Report on vaccination in the Province of Bengal - 1869-1873
Year: 1869
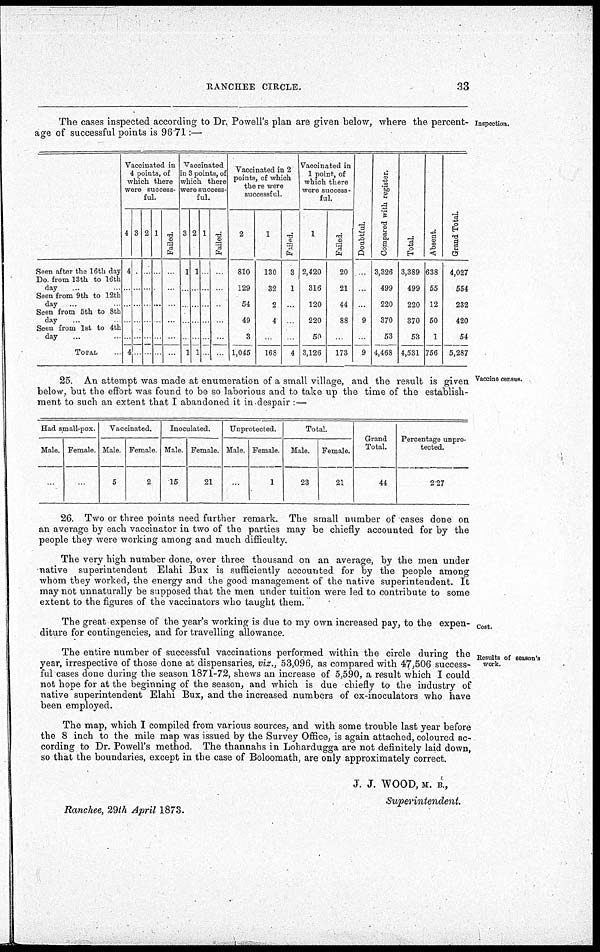
RANCHEE CIRCLE.
33
Inspection.
The cases inspected according to Dr. Powell's plan are given below, where the percent-
age of successful points is 96.71:—
Seen after the 16th day
Do. from 13th to 16th
day
Seen from 9th to 12th
day
Seen from 5th to 8th
day ...
Seen from 1st to 4th
day ... ...
TOTAL
Vaccinated in
4 points, of
which there
were success-
ful.
4
4
...
...
...
...
4
3
...
...
...
...
...
...
2
...
...
...
...
...
...
1
...
...
...
...
...
...
Failed.
...
...
...
...
...
...
Vaccinated
in 3 points, of
which there
were success-
ful.
3
1
...
...
...
...
1
2
1
...
...
...
...
1
1
...
...
...
...
...
...
Failed.
...
...
...
...
...
...
Vaccinated in 2
points, of which
there were
successful.
2
810
129
54
49
3
1,045
1
130
32
2
4
...
168
Failed.
3
1
...
...
...
4
Vaccinated in
1 point, of
which there
were success-
ful.
1
2,420
316
120
220
50
3,126
Failed.
20
21
44
88
...
173
Doubtful.
.
...
...
9
...
9
Compared with register.
3,326
499
220
370
53
4,468
Total.
3,389
499
220
370
53
4,531
Absent.
638
55
12
50
1
756
Grand Total.
4,027
554
232
420
54
5,287
Vaccine census.
25. An attempt was made at enumeration of a small village, and the result is given
below, but the effort was found to be so laborious and to take up the time of the establish-
ment to such an extent that I abandoned it in despair :—
Had small-pox.
Male.
.
Female.
Vaccinated.
Male.
5
Female.
2
Inoculated.
Male.
15
Female.
21
Unprotected.
Male Female
1
Total.
Male.
23
Female.
21
Grand
Total.
44
Percentage unpro-
tected.
2.27
26. Two or three points need further remark. The small number of cases done on
an average by each vaccinator in two of the parties may be chiefly accounted for by the
people they were working among and much difficulty.
The very high number done, over three thousand on an average, by the men under
native superintendent Elahi Bux is sufficiently accounted for by the people among
whom they worked, the energy and the good management of the native superintendent. It
may not unnaturally be supposed that the men under tuition were led to contribute to some
extent to the figures of the vaccinators who taught them.
Cost.
The great expense of the year's working is due to my own increased pay, to the expen-
diture for contingencies, and for travelling allowance.
Results of season's
work.
The entire number of successful vaccinations performed within the circle during the
year, irrespective of those done at dispensaries, viz., 53,096, as compared with 47,506 success-
ful cases done during the season 1871-72, shews an increase of 5,590, a result which I could
not hope for at the beginning of the season, and which is due chiefly to the industry of
native superintendent Elahi Bux, and the increased numbers of ex-inoculators who have
been employed.
The map, which I compiled from various sources, and with some trouble last year before
the 8 inch to the mile map was issued by the Survey Office, is again attached, coloured ac-
cording to Dr. Powell's method. The thannahs in Lohardugga are not definitely laid down,
so that the boundaries, except in the case of Boloomath, are only approximately correct.
J. J. WOOD, M. B.,
Superintendent.
Ranchee, 29th April 1873.